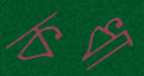
কধা